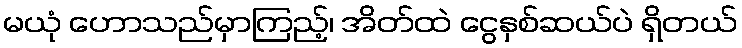
မယုံ ဟောသည်မှာကြည့်၊ အိတ်ထဲ ငွေနှစ်ဆယ်ပဲ ရှိတယ်